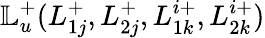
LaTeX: \mathbb{L}_{u}^{+}(L_{1j}^{+},L_{2j}^{+},L_{1k}^{i+},L_{2k}^{i+})